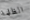
الظلمة